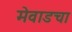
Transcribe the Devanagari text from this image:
मेवाडचा